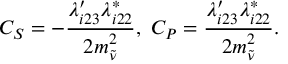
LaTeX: C _ { S } = - { \frac { \lambda _ { i 2 3 } ^ { \prime } \lambda _ { i 2 2 } ^ { * } } { 2 m _ { \tilde { \nu } } ^ { 2 } } } , \, \, C _ { P } = { \frac { \lambda _ { i 2 3 } ^ { \prime } \lambda _ { i 2 2 } ^ { * } } { 2 m _ { \tilde { \nu } } ^ { 2 } } } .